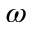
\omega